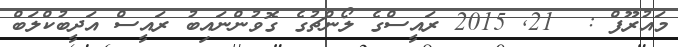
މައުރޫފް :  21